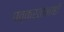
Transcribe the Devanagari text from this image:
पत्करतानाही